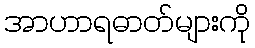
အာဟာရဓာတ်များကို